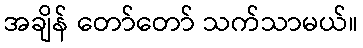
အချိန် တော်တော် သက်သာမယ်။